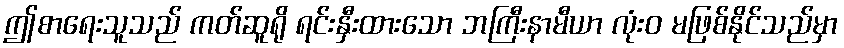
ဤစာရေးသူသည် ကတ်ဆူရို ရင်းနှီးထားသော ဘကြီးနာမီယာ လုံးဝ မဖြစ်နိုင်သည်မှာ